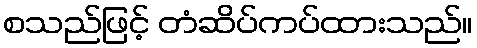
စသည်ဖြင့် တံဆိပ်ကပ်ထားသည်။